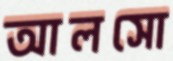
আলসো